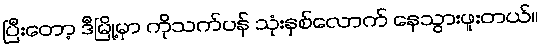
ပြီးတော့ ဒီမြို့မှာ ကိုသက်ပန် သုံးနှစ်လောက် နေသွားဖူးတယ်။